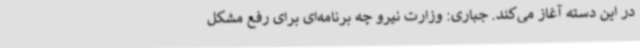
در این دسته آغاز می‌کند. جباری: وزارت نیرو چه برنامه‌ای برای رفع مشکل